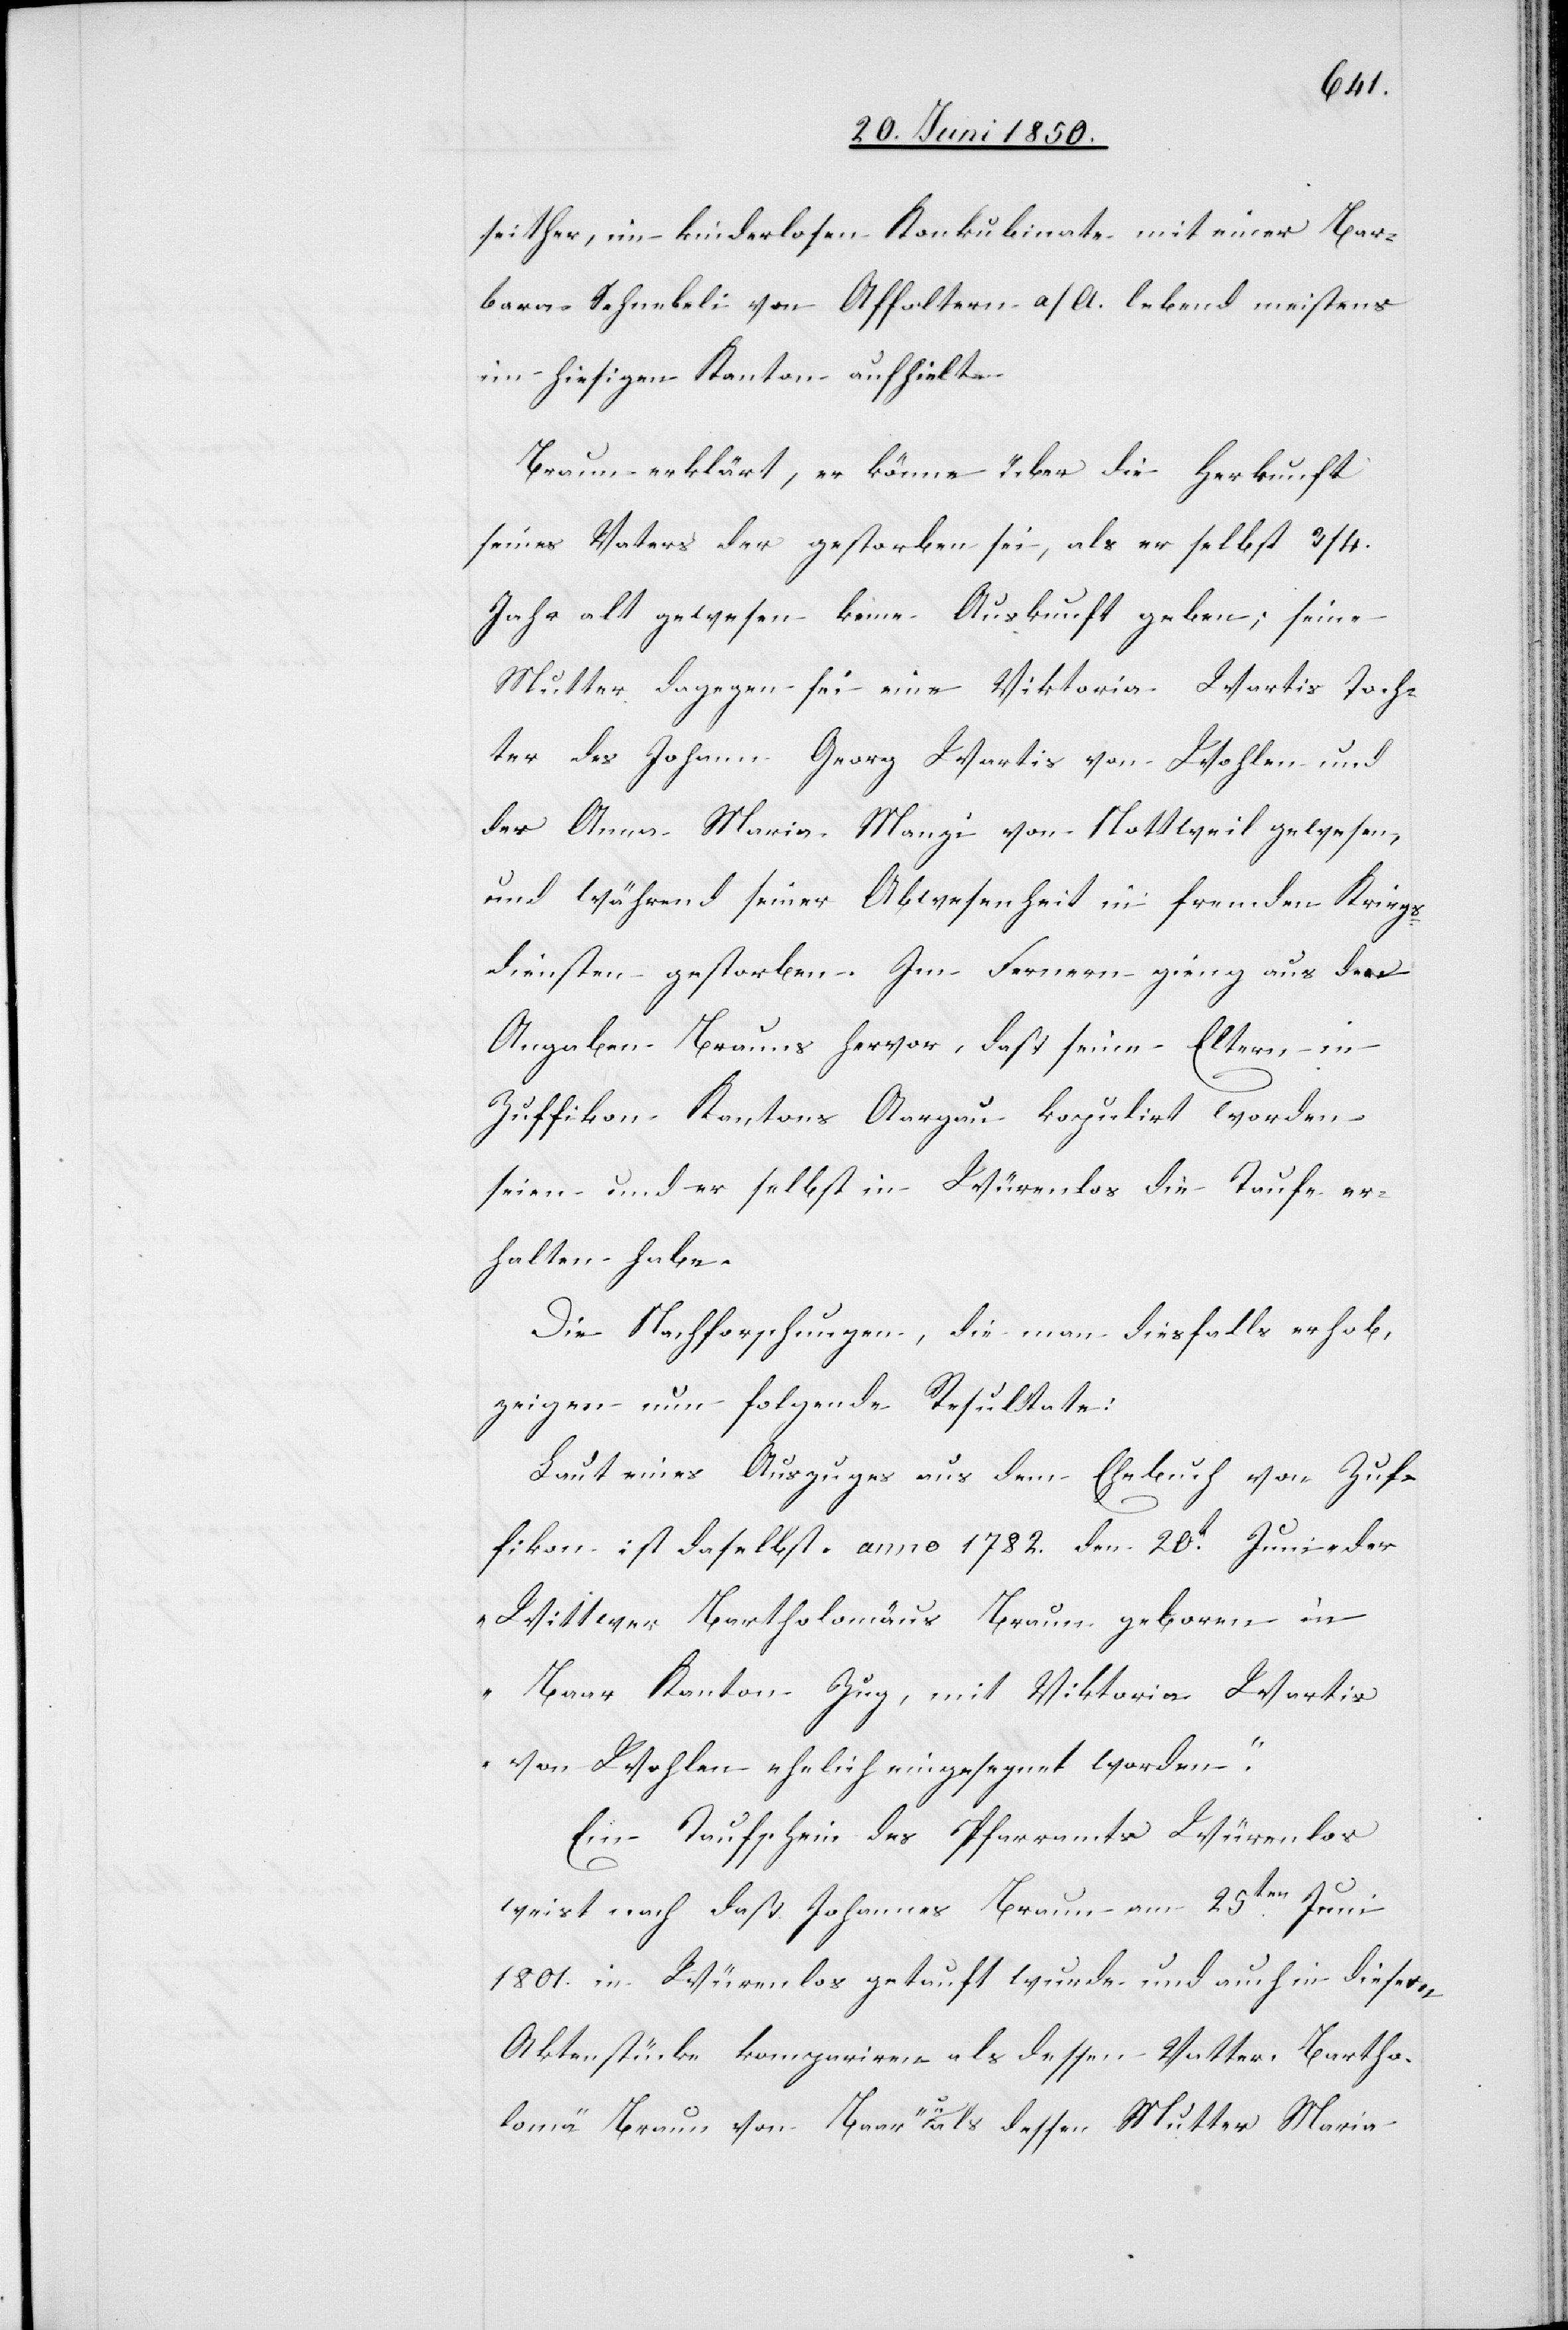
seither, im kinderlosen Konkubinate mit einer Bar¬
bara Schnebeli von Affoltern a/A. lebend meistens
im hiesigen Kanton aufhielt.
Braun erklärt, er könne über die Herkunft
seines Vaters der gestorben sei, als er selbst 3/4.
Jahr alt gewesen keine Auskunft geben; seine
Mutter dagegen sei eine Viktoria Wartis Toch¬
ter des Johann Georg Wartis von Wohlen und
der Anna Maria Manzi von Nottweil gewesen,
und während seiner Abwesenheit in fremden Kriegs¬
diensten gestorben. Im Fernern gieng aus den
Angaben Brauns hervor, daß seine Eltern in
Zuffikon Kantons Aargau kopulirt worden
seien und er selbst in Würenlos die Taufe er¬
halten habe.
Die Nachforschungen, die man diesfalls erhoben,
zeigen nun folgende Resultate:
Laut eines Auszuges aus dem Ehebuch von Zuf¬
fikon ist daselbst anno 1782. den 20t Juni „der
Wittwer Bartholomäus Braun geboren in
Baar Kanton Zug, mit Viktoria Wartis
von Wohlen ehelich eingesegnet worden.“
Ein Taufschein des Pfarramts Würenlos
weist nach daß Johannes Braun am 25ten Juni
1801. in Würenlos getauft wurde und auch in diesem
Aktenstücke kompariren als dessen Vatter Bartho¬
lomä Braun von Baar u. als dessen Mutter Maria